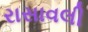
રાસાવલી